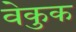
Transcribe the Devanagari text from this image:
वेकुक